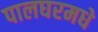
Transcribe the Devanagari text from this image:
पालघरमधे